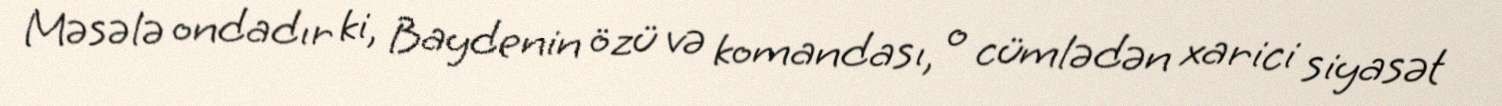
Məsələ ondadır ki, Baydenin özü və komandası, o cümlədən xarici siyasət